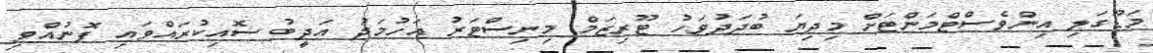
މަޑޫގަލި އިންވެސްޓްމަންޓަށް މިދިޔަ ބުދަދުވަހު ޓޫރިޒަމް މިނިސްޓަރު އަހުމަދު އަދީބު ސޮއިކުރައްވައި ފޮނުއްވި